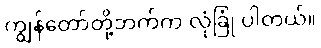
ကျွန်တော်တို့ဘက်က လုံခြုံ ပါတယ်။